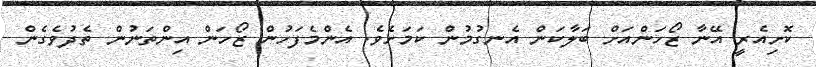
ކޮށިއެރީ އޭނާ ޒޯހަންއަށް ބަލާކަން އެނގުމުން ކަމަށެވެ. އެންމެފަހުން ޒޯހަން އިންތަނުން ތެދުވެގެން